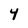
Character: 4